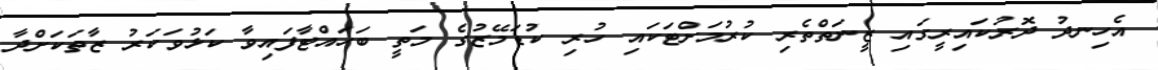
އެހިނދު ދޮރުކައިރީގައި ޒީނަތްތެރި ކުރުމަށްޓަކައި ހުރި ކުޑަމޭޒުގެ މަތީ ބަހައްޓާފައިވާ ކަޅުވަކަރު ޒާތަކަށްދާ